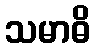
သမာဓိ